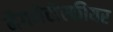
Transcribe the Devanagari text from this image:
मैगनेटोस्फीयर